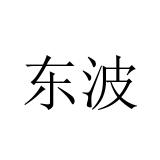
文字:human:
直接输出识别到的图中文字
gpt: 东波